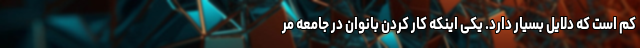
کم است که دلایل بسیار دارد. یکی اینکه کار کردن بانوان در جامعه مر